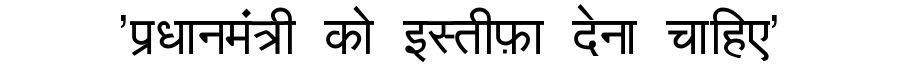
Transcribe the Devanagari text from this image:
'प्रधानमंत्री को इस्तीफ़ा देना चाहिए'